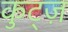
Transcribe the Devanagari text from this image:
कुट्ज़